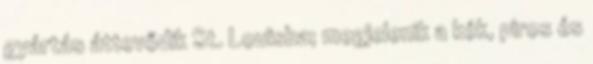
gyártás áttevődik St. Louisba; megjelenik a kék, piros és